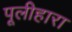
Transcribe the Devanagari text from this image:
पूलीहारा